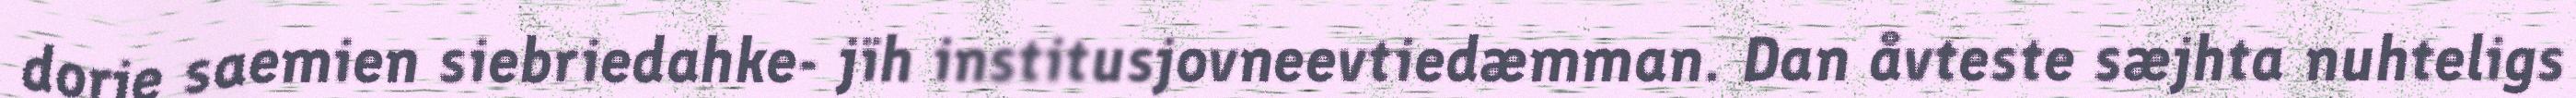
dorje saemien siebriedahke- jïh institusjovneevtiedæmman. Dan åvteste sæjhta nuhteligs